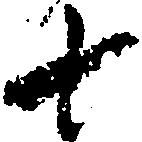
七